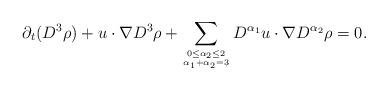
LaTeX: \begin{align*}\partial_t(D^{3}\rho)+u\cdot\nabla D^{3}\rho+\sum_{0\leq\alpha_2\leq 2 \atop \alpha_1+\alpha_2=3}D^{\alpha_1} u\cdot\nabla D^{\alpha_2}\rho=0.\end{align*}